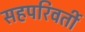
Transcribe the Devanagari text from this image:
सहपरिवर्ती